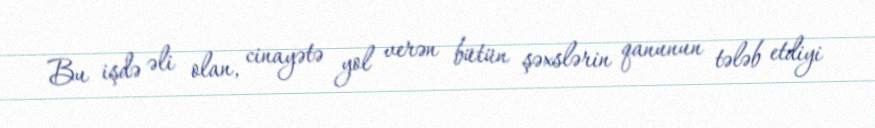
Bu işdə əli olan, cinayətə yol verən bütün şəxslərin qanunun tələb etdiyi